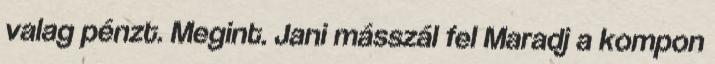
valag pénzt. Megint. Jani másszál fel Maradj a kompon